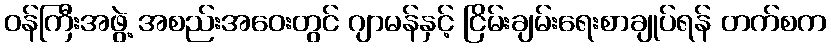
ဝန်ကြီးအဖွဲ့ အစည်းအဝေးတွင် ဂျာမန်နှင့် ငြိမ်းချမ်းရေးစာချုပ်ရန် တက်စက